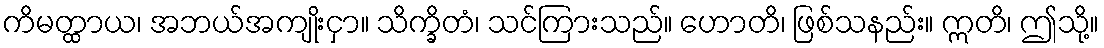
ကိမတ္ထာယ၊ အဘယ်အကျိုးငှာ။ သိက္ခိတံ၊ သင်ကြားသည်။ ဟောတိ၊ ဖြစ်သနည်း။ ဣတိ၊ ဤသို့။